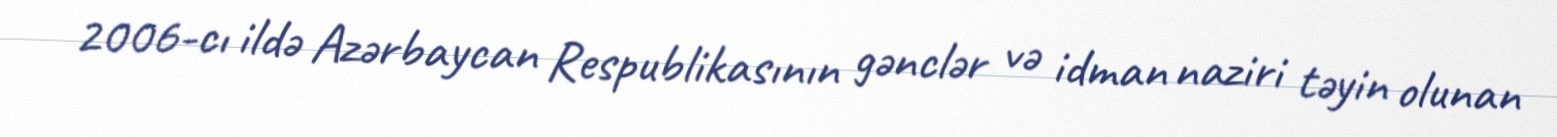
2006-cı ildə Azərbaycan Respublikasının gənclər və idman naziri təyin olunan